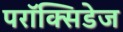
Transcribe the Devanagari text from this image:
परॉक्सिडेज